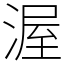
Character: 渥